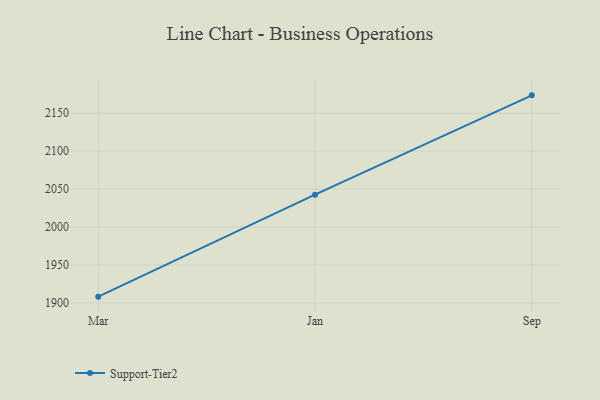
{"axis": {"x": "Month", "y": "Page Views"}, "legend": ["Support-Tier2"], "data": [{"x": "Mar", "y": 1908.3, "type": "Support-Tier2"}, {"x": "Jan", "y": 2042.7, "type": "Support-Tier2"}, {"x": "Sep", "y": 2173.5, "type": "Support-Tier2"}]}